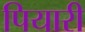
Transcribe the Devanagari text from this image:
पियारी